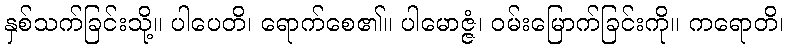
နှစ်သက်ခြင်းသို့။ ပါပေတိ၊ ရောက်စေ၏။ ပါမောဇ္ဇံ၊ ဝမ်းမြောက်ခြင်းကို။ ကရောတိ၊